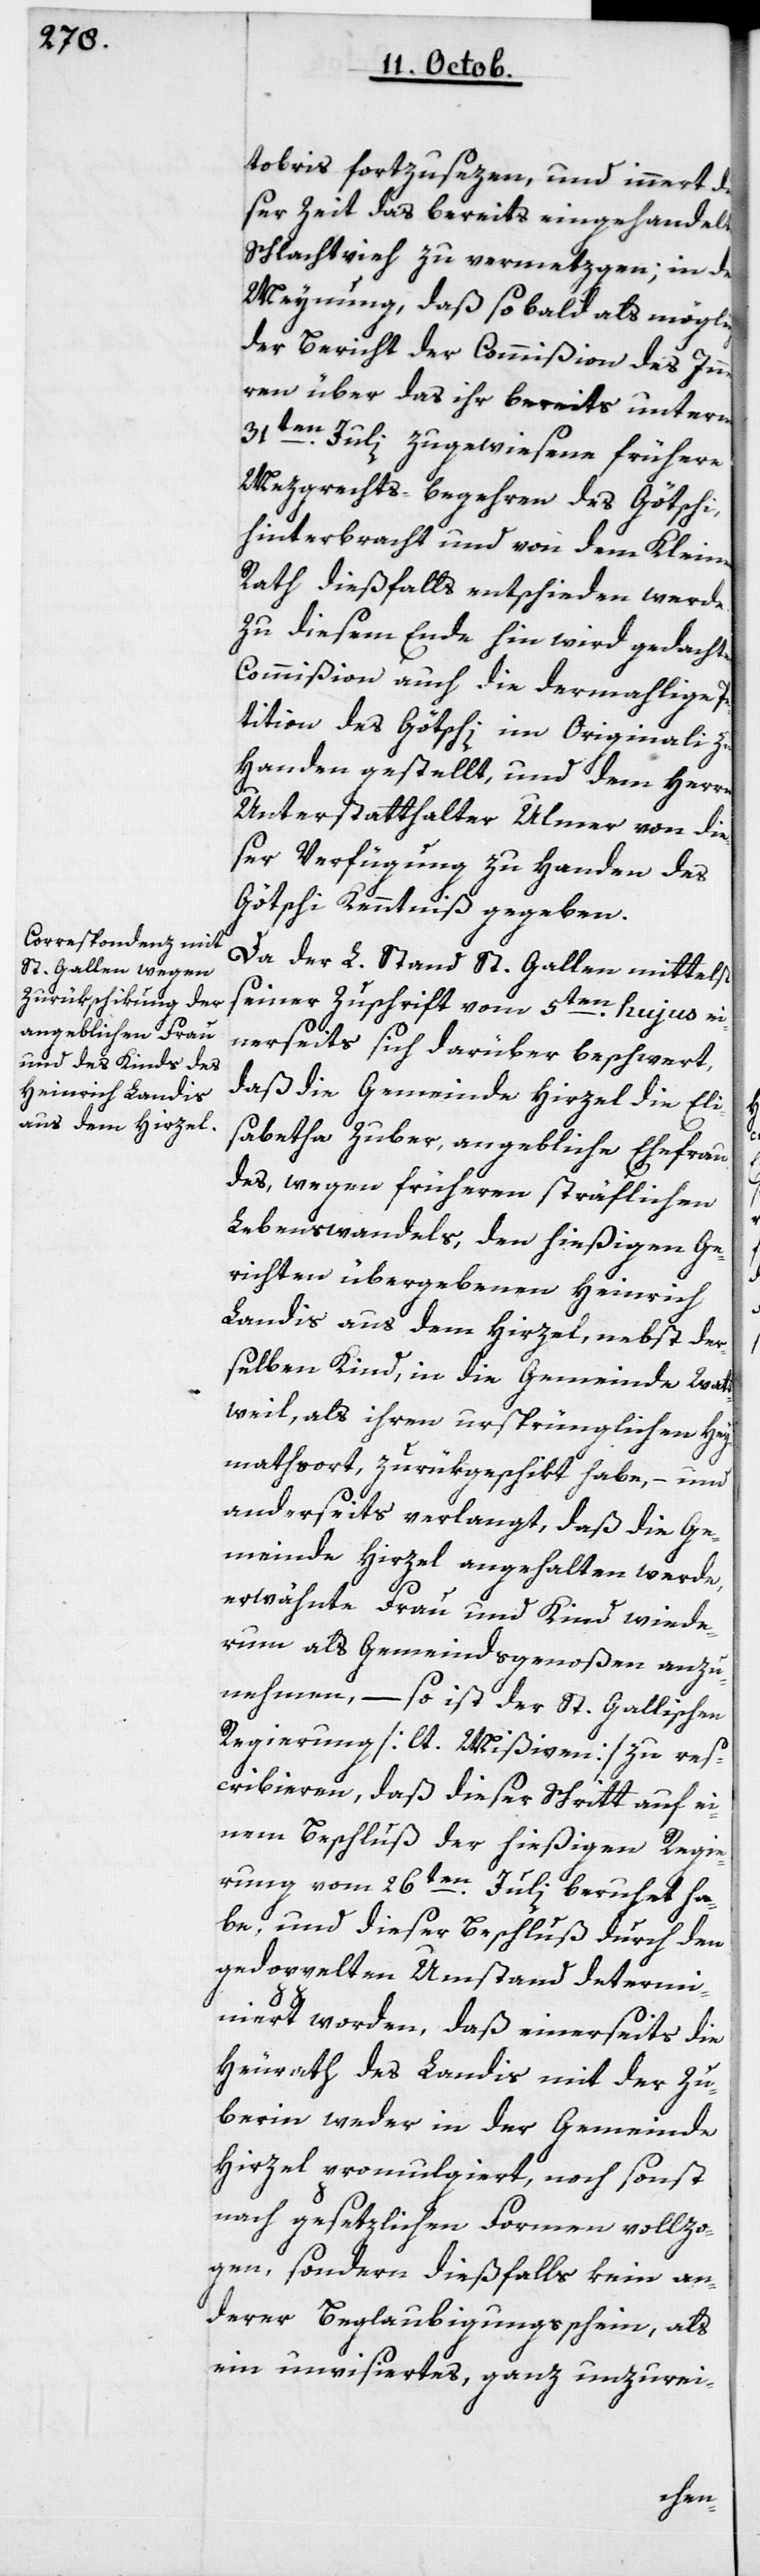
tobris forzusezen, und innert di¬
eser Zeit das bereits eingehandelte
Schlachtvieh zu vermetzgen, in der
Meynung, daß so bald als möglich
der Bericht der Commißion des In¬
nern über das ihr bereits unterm
31ten Juli zugewiesene frühere
Mezgrechts-Begehren des Götschi,
hinterbracht und von dem Kleinen
Rath dießfalls entschieden werde.
Zu diesem Ende hin wird gedachter
Commißion auch die dermahlige
Petition des Götschi im Originali zu
Handen gestellt, und dem Herrn
Unterstatthalter Ulmer von die¬
ser Verfügung zu Handen des
Götschi Kenntniß gegeben.
Da der L. Stand St. Gallen mittelst
seiner Zuschrift vom 5ten hujus ei¬
nerseits sich darüber beschwert,
daß die Gemeinde Hirzel die Eli¬
sabetha Zuber, angebliche Ehefrau
des, wegen früheren sträflichen
Lebenswandels, den hießigen Ge¬
richten übergebenen Heinrich
Landis aus dem Hirzel, nebst der¬
selben Kind, in die Gemeinde Wat¬
tweil, als ihren ursprünglichen Hey¬
mathsort, zurükgeschikt habe, – und
anderseits verlangt, daß die Ge¬
meinde Hirzel angehalten werde,
erwähnte Frau und Kind wiede¬
rum als Gemeindsgenoßen anzu¬
nehmen, – so ist der St. Gallischen
Regierung [lt. Mißiven] zu res¬
cribieren, daß dieser Schritt auf ei¬
nem Beschluß der hießigen Regie¬
rung vom 26ten Juli beruhet ha¬
be, und dieser Beschluß durch den
gedoppelten Umstand determi¬
niert worden, daß einerseits die
Heurath des Landis mit der Zu¬
berin weder in der Gemeinde
Hirzel promulgiert, noch sonst
nach gesetzlichen Formen vollzo¬
gen, sondern dießfalls kein an¬
derer Beglaubigungsschein, als
ein unvisiertes, ganz unzurei-